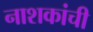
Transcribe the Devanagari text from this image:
नाशकांची